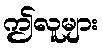
ဤလူများ